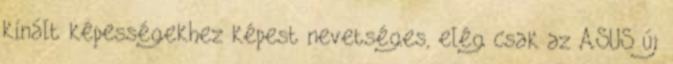
kínált képességekhez képest nevetséges, elég csak az ASUS új